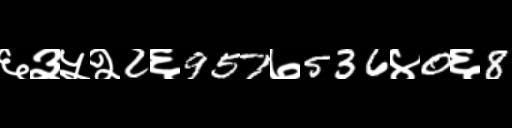
Text: ६३५२2६957७536४0६8